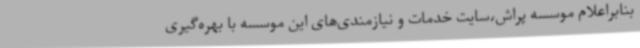
بنابراعلام موسسه پراش،سایت خدمات و نیازمندی‌های این موسسه با بهره‌گیری